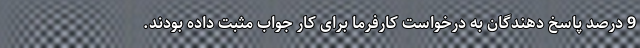
9 درصد پاسخ دهندگان به درخواست کارفرما برای کار جواب مثبت داده بودند.